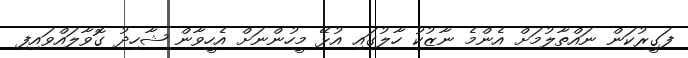
ފަގީރުކަން ނައްތާލުމަށް އެންމެ ނާޒުކު ހާލުގައި އުޅޭ މީހުންނަށް އެހީވާން ޝާހިދު ގޮވާލައްވައިފި